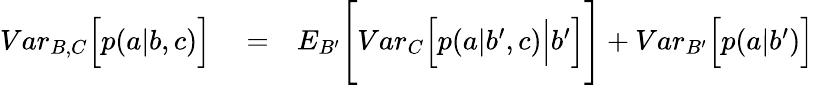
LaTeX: \begin{array}{rlr}{{Var}_{B,C}\Big[p(a|b,c)\Big]}&{{}=}&{{E}_{B^{\prime}}\Bigg[{Var}_{C}\Big[p(a|b^{\prime},c)\Big|b^{\prime}\Big]\Bigg]+{Var}_{B^{\prime}}\Big[p(a|b^{\prime})\Big]}\end{array}